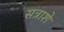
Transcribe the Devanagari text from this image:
सत्राशे